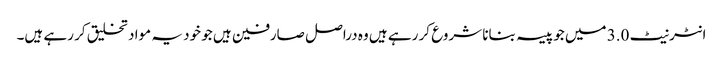
انٹرنیٹ 3.0 میں جو پیسہ بنانا شروع کر رہے ہیں وہ دراصل صارفین ہیں جو خود یہ مواد تخلیق کر رہے ہیں۔